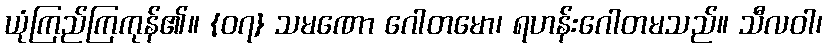
ယုံကြည်ကြကုန်၏။ {၀၇} သမဏော ဂေါတမော၊ ရဟန်းဂေါတမသည်။ သီလဝါ၊